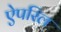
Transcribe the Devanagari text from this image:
ऐपरिल